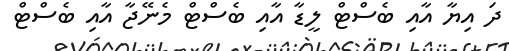
ދަ އިޔާ އާއި ބެސްޓް ލީޑާ އާއި ބެސްޓް މެނޭޖާ އާއި ބެސްޓް